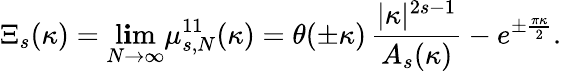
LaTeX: \Xi_{s}(\kappa)=\operatorname*{l\mathbf{i}m}_{N\to\infty}\mu_{s,N}^{11}(\kappa)=\theta(\pm\kappa)\, \frac{{|\kappa|^{2s-1}}}{{A_{s}(\kappa)}}-e^{\pm\frac{{\pi\kappa}}{{2}}}.